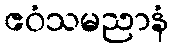
ဧဝံသမညာနံ